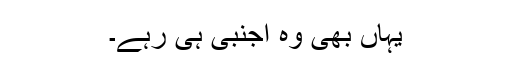
یہاں بھی وہ اجنبی ہی رہے۔